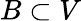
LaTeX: B\subset V